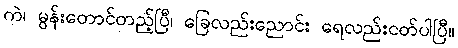
ကဲ၊ မွန်းတောင်တည့်ပြီ၊ ခြေလည်းညောင်း ရေလည်းငတ်ပါပြီ။